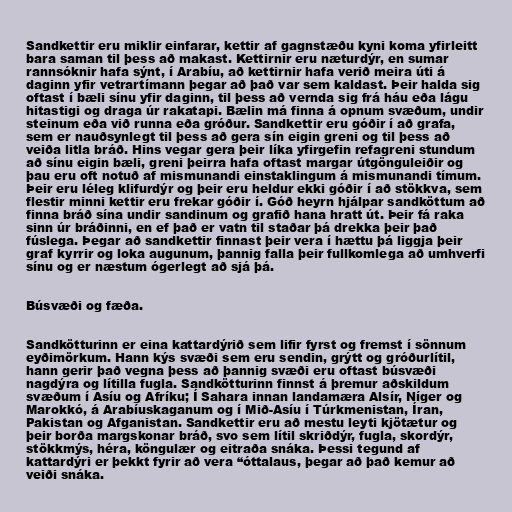
Sandkettir eru miklir einfarar, kettir af gagnstæðu kyni koma yfirleitt
bara saman til þess að makast. Kettirnir eru næturdýr, en sumar
rannsóknir hafa sýnt, í Arabíu, að kettirnir hafa verið meira úti á
daginn yfir vetrartímann þegar að það var sem kaldast. Þeir halda sig
oftast í bæli sínu yfir daginn, til þess að vernda sig frá háu eða lágu
hitastigi og draga úr rakatapi. Bælin má finna á opnum svæðum, undir
steinum eða við runna eða gróður. Sandkettir eru góðir í að grafa,
sem er nauðsynlegt til þess að gera sín eigin greni og til þess að
veiða litla bráð. Hins vegar gera þeir líka yfirgefin refagreni stundum
að sínu eigin bæli, greni þeirra hafa oftast margar útgönguleiðir og
þau eru oft notuð af mismunandi einstaklingum á mismunandi tímum.
Þeir eru léleg klifurdýr og þeir eru heldur ekki góðir í að stökkva, sem
flestir minni kettir eru frekar góðir í. Góð heyrn hjálpar sandköttum að
finna bráð sína undir sandinum og grafið hana hratt út. Þeir fá raka
sinn úr bráðinni, en ef það er vatn til staðar þá drekka þeir það
fúslega. Þegar að sandkettir finnast þeir vera í hættu þá liggja þeir
graf kyrrir og loka augunum, þannig falla þeir fullkomlega að umhverfi
sínu og er næstum ógerlegt að sjá þá.

Búsvæði og fæða.

Sandkötturinn er eina kattardýrið sem lifir fyrst og fremst í sönnum
eyðimörkum. Hann kýs svæði sem eru sendin, grýtt og gróðurlítil,
hann gerir það vegna þess að þannig svæði eru oftast búsvæði
nagdýra og lítilla fugla. Sandkötturinn finnst á þremur aðskildum
svæðum í Asíu og Afríku; Í Sahara innan landamæra Alsír, Níger og
Marokkó, á Arabíuskaganum og í Mið-Asíu í Túrkmenistan, Íran,
Pakistan og Afganistan. Sandkettir eru að mestu leyti kjötætur og
þeir borða margskonar bráð, svo sem lítil skriðdýr, fugla, skordýr,
stökkmýs, héra, köngulær og eitraða snáka. Þessi tegund af
kattardýri er þekkt fyrir að vera “óttalaus, þegar að það kemur að
veiði snáka.